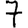
Digit: 7